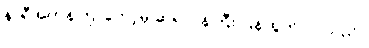
နာရီအတန်ကြာတော့မှ ဆရာဝန်ကြီး ပြန်ထွက်လာသည်။